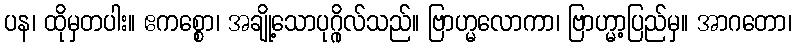
ပန၊ ထိုမှတပါး။ ဧကစ္စော၊ အချို့သောပုဂ္ဂိုလ်သည်။ ဗြာဟ္မလောကာ၊ ဗြာဟ္မာ့ပြည်မှ။ အာဂတော၊